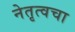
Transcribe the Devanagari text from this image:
नेतृत्वचा